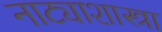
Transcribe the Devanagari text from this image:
नाट्याशास्त्रा